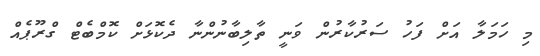
މި ހަމަލާ އަށް ފަހު ސަރުކާރުން ވަނީ ތާލިބާނުންނާ ދެކޮޅަށް ކޮމްބެޓް ގްރޫޕެއް